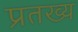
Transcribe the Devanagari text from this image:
प्रतख्य